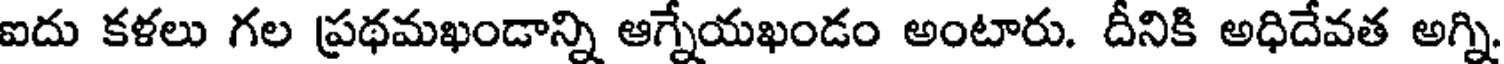
ఐదు కళలు గల ప్రథమఖండాన్ని ఆగ్నేయఖండం అంటారు. దీనికి అధిదేవత అగ్ని